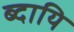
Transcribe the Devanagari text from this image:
ब्दायि